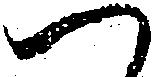
へ